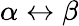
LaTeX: \alpha\leftrightarrow\beta